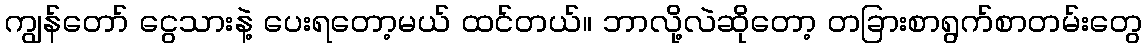
ကျွန်တော် ငွေသားနဲ့ ပေးရတော့မယ် ထင်တယ်။ ဘာလို့လဲဆိုတော့ တခြားစာရွက်စာတမ်းတွေ